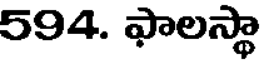
594. ఫాలస్థా